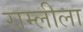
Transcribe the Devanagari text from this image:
राम्लीला